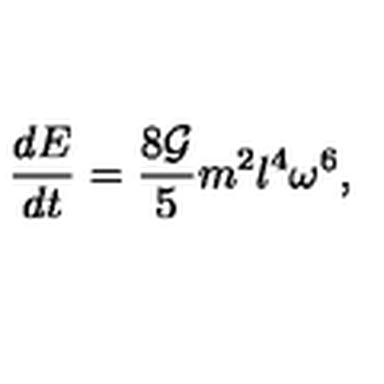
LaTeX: \frac { d E } { d t } = \frac { 8 { \cal G } } { 5 } m ^ { 2 } l ^ { 4 } \omega ^ { 6 } ,